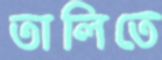
তালিতে